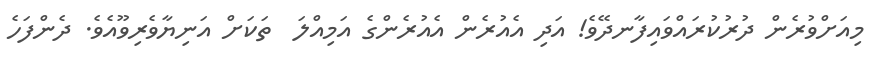
މިއަށްވުރެން ދުރުކުރައްވައިފާނދޭވެ! އަދި އެއުރެން އެއުރެންގެ އަމިއްލަ  ތަކަށް އަނިޔާވެރިވޫއެވެ. ދެންފަހެ